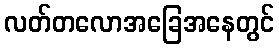
လတ်တလောအခြေအနေတွင်